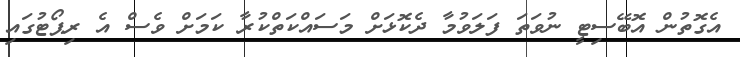
އެގޮތުން އޮބޭސިޓީ ނުވަތަ ފަލަވުމާ ދެކޮޅަށް މަސައްކަތްކުރާ ކަމަށް ވެސް އެ ރިޕޯޓުގައި